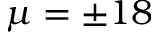
\mu = \pm 1 8